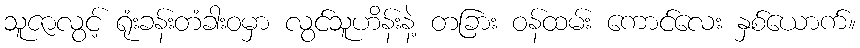
သူဇာလွင့် ရုံးခန်းတံခါးဝမှာ လွင်သူဟိန်းနဲ့ တခြား ဝန်ထမ်း ကောင်လေး နှစ်ယောက်။